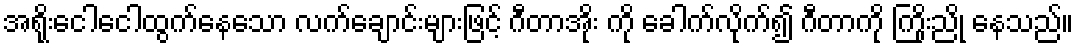
အရိုးငေါငေါထွက်နေသော လက်ချောင်းများဖြင့် ဂီတာအိုး ကို ခေါက်လိုက်၍ ဂီတာကို ကြိုးညို နေသည်။